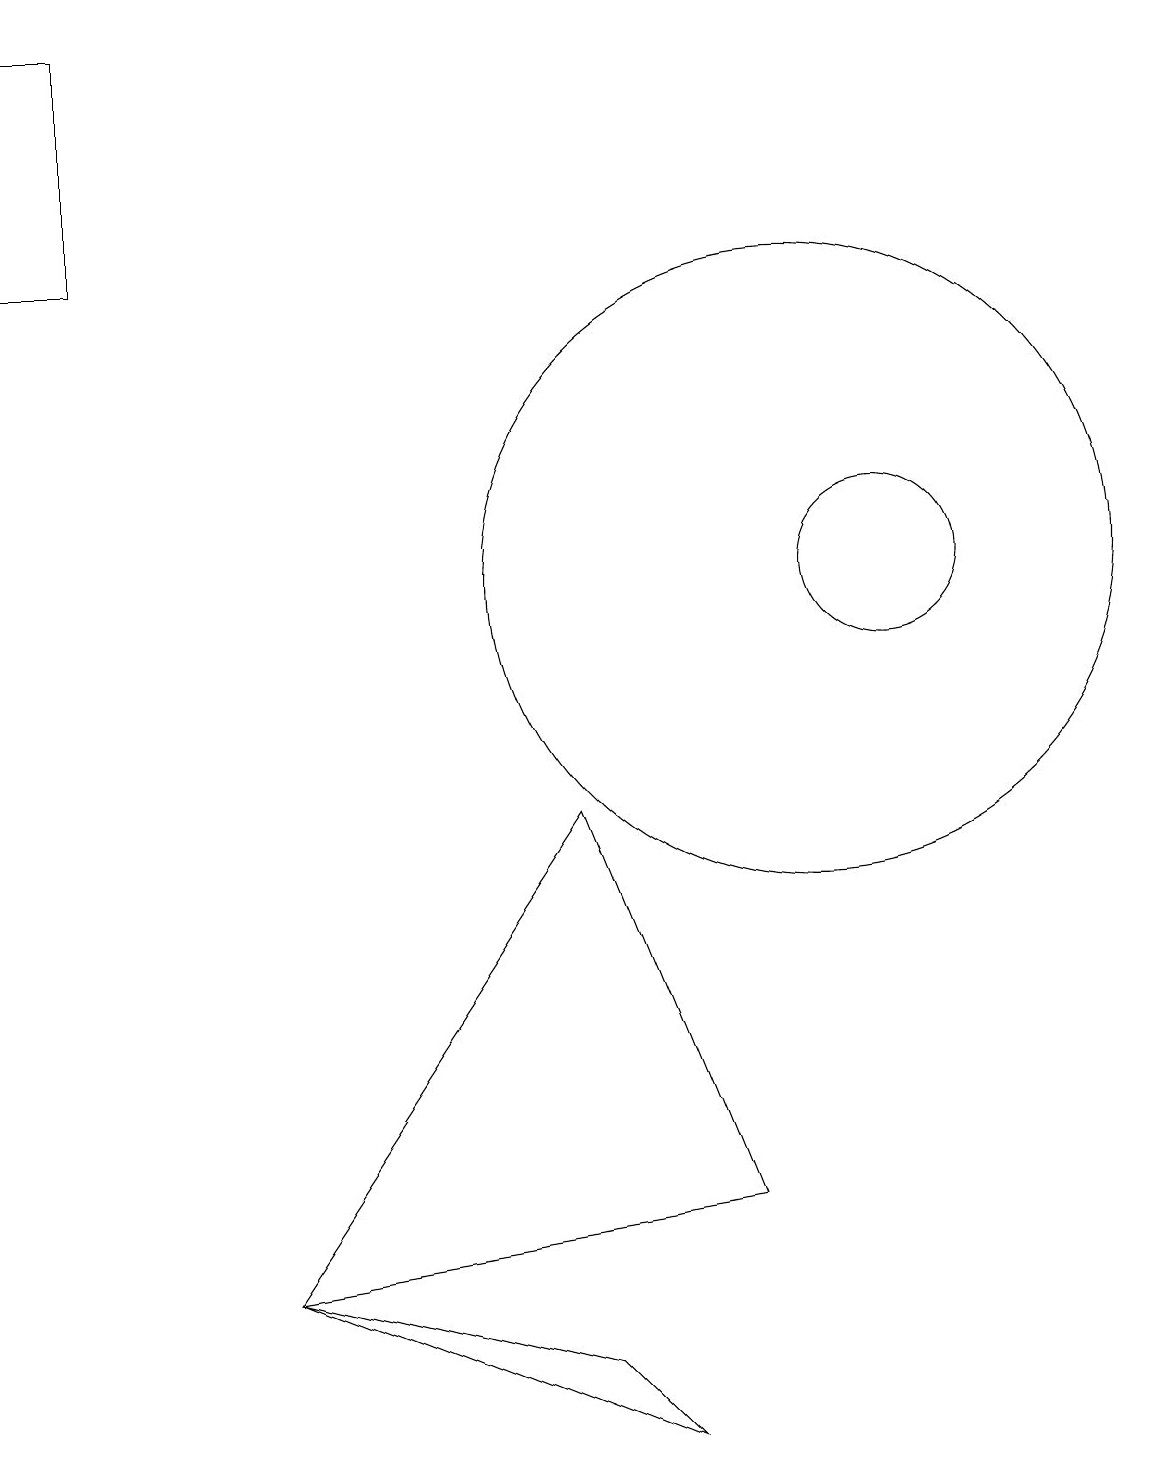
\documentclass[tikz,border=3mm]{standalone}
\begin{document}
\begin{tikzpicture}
\draw (11,12) circle (1);
\draw (1,19) rectangle (0,16);
\draw (10,12) circle (4);
\draw (9,4) -- (3,3) -- (7,9) -- cycle;
\draw (7,2) -- (3,3) -- (8,1) -- cycle;
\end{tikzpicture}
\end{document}